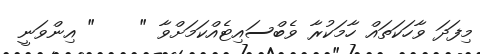
މިފަދަ ވާހަކަތައް ހާމަކުރާ ވެބްސައިޓެއްކަމަށްވާ "    " އިންވަނީ